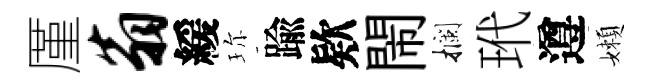
厪翁緩珎踰欵閙攔玳遵嬾